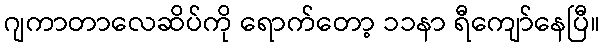
ဂျကာတာလေဆိပ်ကို ရောက်တော့ ၁၁နာ ရီကျော်နေပြီ။